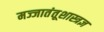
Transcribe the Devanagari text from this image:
मज्जातंतूशास्त्रज्ञ